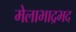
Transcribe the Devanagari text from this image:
मेलाभाद्रभद